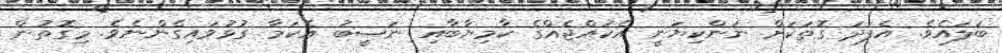
ބަލައެވެ. އެފަދަ ގޮތަކަށް ނަންކިޔަނީ އެކުއްޖެއްގެ ކާމިޔާބާއި ނަޞީބު އެކަމާ ގުޅުވައިގެންނެވެ. މިގޮތުން